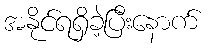
အနိုင်ရရှိခဲ့ပြီးနောက်